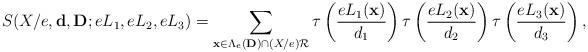
LaTeX: \begin{align*}S(X/e,\mathbf{d},\mathbf{D};eL_1,eL_2,eL_3)= \sum_{\mathbf{x}\in\Lambda_{e}(\mathbf{D})\cap (X/e)\mathcal{R}}\tau\left(\frac{eL_1(\mathbf{x})}{d_1}\right)\tau\left(\frac{eL_2(\mathbf{x})}{d_2}\right)\tau\left(\frac{eL_3(\mathbf{x})}{d_3}\right),\end{align*}